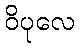
ဝိပုလေ